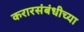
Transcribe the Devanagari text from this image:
करारसंबंधीच्या